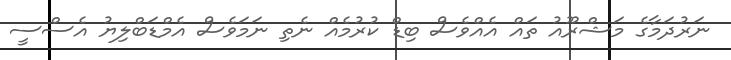
ނަރުދަމާގެ މަޝްރޫއު ތައް އެއްވެސް ބިޑް ކުރުމެއް ނެތި ނަމަވެސް އެމްޑަބްލިޔު އެސްސީ